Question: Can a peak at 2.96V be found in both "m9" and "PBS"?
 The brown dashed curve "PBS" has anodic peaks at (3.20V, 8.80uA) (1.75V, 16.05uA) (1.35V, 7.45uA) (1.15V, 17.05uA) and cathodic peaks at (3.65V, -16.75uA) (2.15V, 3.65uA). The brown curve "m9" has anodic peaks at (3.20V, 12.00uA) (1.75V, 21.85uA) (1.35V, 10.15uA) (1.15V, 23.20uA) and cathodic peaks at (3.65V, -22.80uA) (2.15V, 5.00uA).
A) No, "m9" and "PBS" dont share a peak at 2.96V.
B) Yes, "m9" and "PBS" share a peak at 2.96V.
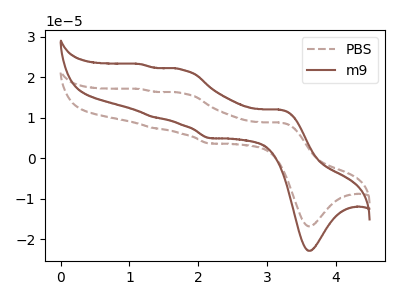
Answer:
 <answer>A) No, "m9" and "PBS" dont share a peak at 2.96V.</answer>
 <eval>A</eval>